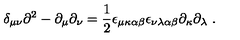
\delta _ { \mu \nu } \partial ^ { 2 } - \partial _ { \mu } \partial _ { \nu } = \frac { 1 } { 2 } \epsilon _ { \mu \kappa \alpha \beta } \epsilon _ { \nu \lambda \alpha \beta } \partial _ { \kappa } \partial _ { \lambda } \ .